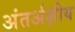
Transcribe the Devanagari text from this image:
अंतर्अक्षीय